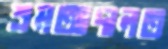
শ্রমআদালত